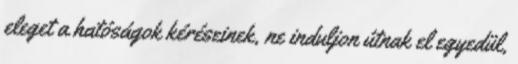
eleget a hatóságok kéréseinek, ne induljon útnak el egyedül,